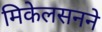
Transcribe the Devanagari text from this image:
मिकेलसनने